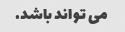
می تواند باشد.